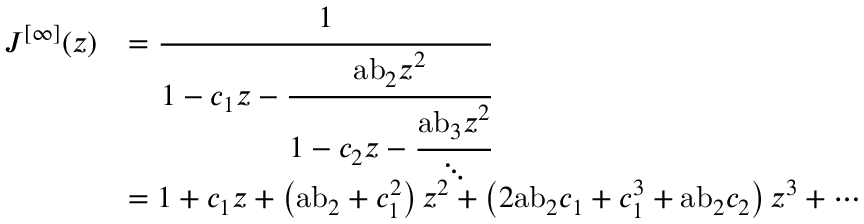
{ \begin{array} { r l } { J ^ { [ \infty ] } ( z ) } & { = { \cfrac { 1 } { 1 - c _ { 1 } z - { \cfrac { { \mathrm { a b } } _ { 2 } z ^ { 2 } } { 1 - c _ { 2 } z - { \cfrac { { \mathrm { a b } } _ { 3 } z ^ { 2 } } { \ddots } } } } } } } \\ & { = 1 + c _ { 1 } z + \left( { \mathrm { a b } } _ { 2 } + c _ { 1 } ^ { 2 } \right) z ^ { 2 } + \left( 2 { \mathrm { a b } } _ { 2 } c _ { 1 } + c _ { 1 } ^ { 3 } + { \mathrm { a b } } _ { 2 } c _ { 2 } \right) z ^ { 3 } + \cdots } \end{array} }